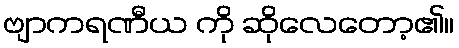
ဗျာကရဏီယ ကို ဆိုလေတော့၏။